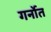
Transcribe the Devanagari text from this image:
गर्नोत